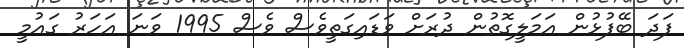
ފަދަ ބޭފުޅުން އަމަލީގޮތުން ދުރަށް ވަޑައިގަތީވެސް ވެސް 1995 ވަނަ އަހަރު ގައުމީ